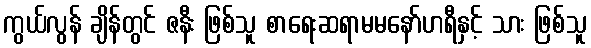
ကွယ်လွန် ချိန်တွင် ဇနီး ဖြစ်သူ စာရေးဆရာမမနော်ဟရီနှင့် သား ဖြစ်သူ